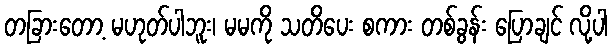
တခြားတော့ မဟုတ်ပါဘူး၊ မမကို သတိပေး စကား တစ်ခွန်း ပြောချင် လို့ပါ